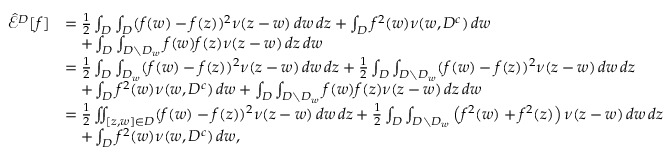
\begin{array} { r l } { \hat { \mathcal { E } } ^ { D } [ f ] } & { = \frac { 1 } { 2 } \int _ { D } \int _ { D } ( f ( w ) - f ( z ) ) ^ { 2 } \nu ( z - w ) \, d w \, d z + \int _ { D } f ^ { 2 } ( w ) \nu ( w , D ^ { c } ) \, d w } \\ & { \quad + \int _ { D } \int _ { D \setminus D _ { w } } f ( w ) f ( z ) \nu ( z - w ) \, d z \, d w } \\ & { = \frac { 1 } { 2 } \int _ { D } \int _ { D _ { w } } ( f ( w ) - f ( z ) ) ^ { 2 } \nu ( z - w ) \, d w \, d z + \frac { 1 } { 2 } \int _ { D } \int _ { D \setminus D _ { w } } ( f ( w ) - f ( z ) ) ^ { 2 } \nu ( z - w ) \, d w \, d z } \\ & { \quad + \int _ { D } f ^ { 2 } ( w ) \nu ( w , D ^ { c } ) \, d w + \int _ { D } \int _ { D \setminus D _ { w } } f ( w ) f ( z ) \nu ( z - w ) \, d z \, d w } \\ & { = \frac { 1 } { 2 } \iint _ { [ z , w ] \in D } ( f ( w ) - f ( z ) ) ^ { 2 } \nu ( z - w ) \, d w \, d z + \frac { 1 } { 2 } \int _ { D } \int _ { D \setminus D _ { w } } \left( f ^ { 2 } ( w ) + f ^ { 2 } ( z ) \right) \nu ( z - w ) \, d w \, d z } \\ & { \quad + \int _ { D } f ^ { 2 } ( w ) \nu ( w , D ^ { c } ) \, d w , } \end{array}